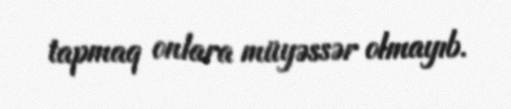
tapmaq onlara müyəssər olmayıb.